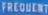
FREQUENCY